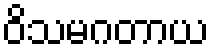
ဝိသမဂတာယ